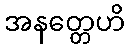
အနတ္တေဟိ